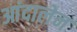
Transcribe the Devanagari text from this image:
आंदालेन